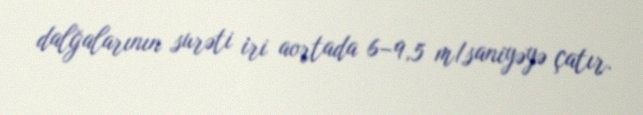
dalğalarının surəti iri aortada 6–9,5 m/saniyəyə çatır.